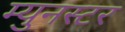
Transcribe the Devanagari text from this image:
म्युनस्टर